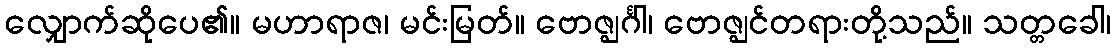
လျှောက်ဆိုပေ၏။ မဟာရာဇ၊ မင်းမြတ်။ ဗောဇ္ဈင်္ဂါ၊ ဗောဇ္ဈင်တရားတို့သည်။ သတ္တခေါ၊